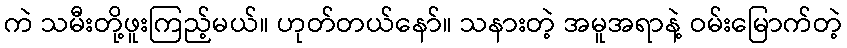
ကဲ သမီးတို့ဖူးကြည့်မယ်။ ဟုတ်တယ်နော်။ သနားတဲ့ အမူအရာနဲ့ ဝမ်းမြောက်တဲ့